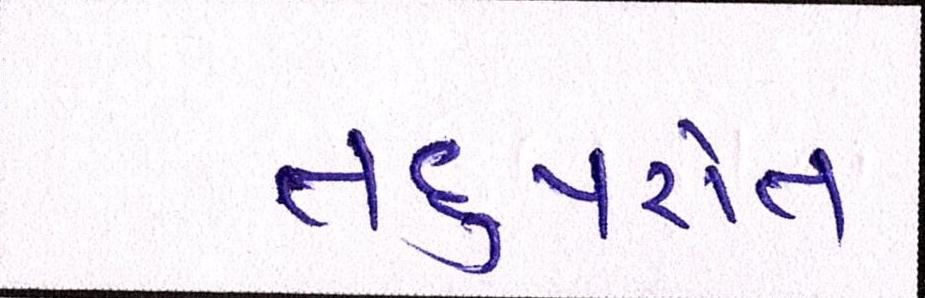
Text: તદુપરાંત